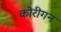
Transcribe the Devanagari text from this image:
कोरीगन